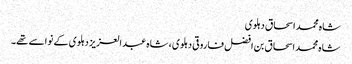
شاہ محمد اسحاق دہلوی
شاہ محمد اسحاق بن افضل فاروقی دہلوی ، شاہ عبد العزیز دہلوی کے نواسے تھے۔